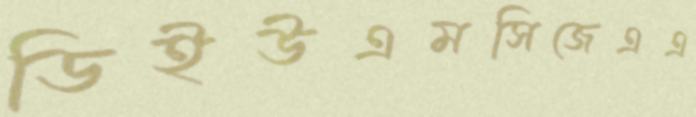
ডিইউএমসিজেএএ